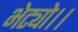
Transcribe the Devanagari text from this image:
भेट्यो।।